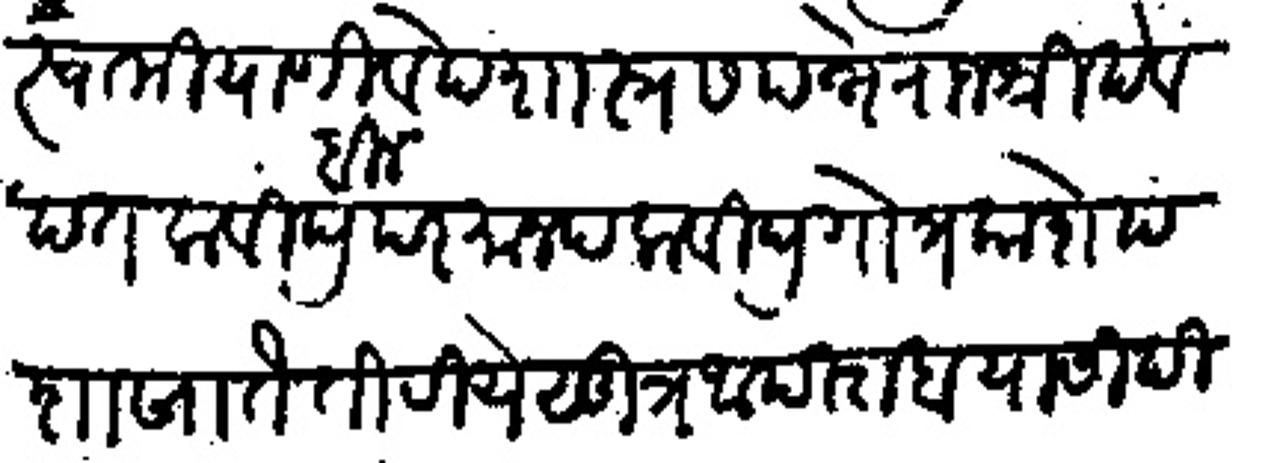
Transliteration (Devanagari): स्वामी याणी वेदशास्त्र संपन्ने राजश्री देव दत कविद्र बीन परमानद कविद्र गोत्र काशेप शाखा तैतरीये सूत्र आपस्तब यासी दिल्हे